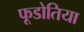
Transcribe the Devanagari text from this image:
फूडोतिया